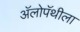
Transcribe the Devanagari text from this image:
अॅलोपॅथीला